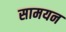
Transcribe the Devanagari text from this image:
सामयन